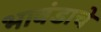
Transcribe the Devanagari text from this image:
भावंडाचे